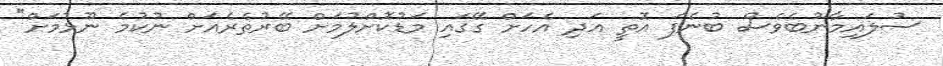
ސުލައިމާނުބެވެސް ބުނެފަ އޮތީ އަދި އެހަށް ގޭގައި މަޑުކޮށްލުމަށް ބޭރުތެރެއަށް ނުކުމެ ނޫޅުމަށް"